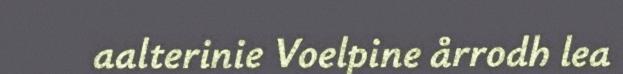
aalterinie Voelpine årrodh lea